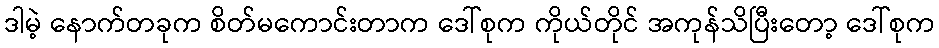
ဒါမဲ့ နောက်တခုက စိတ်မကောင်းတာက ဒေါ်စုက ကိုယ်တိုင် အကုန်သိပြီးတော့ ဒေါ်စုက